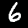
Digit: 6